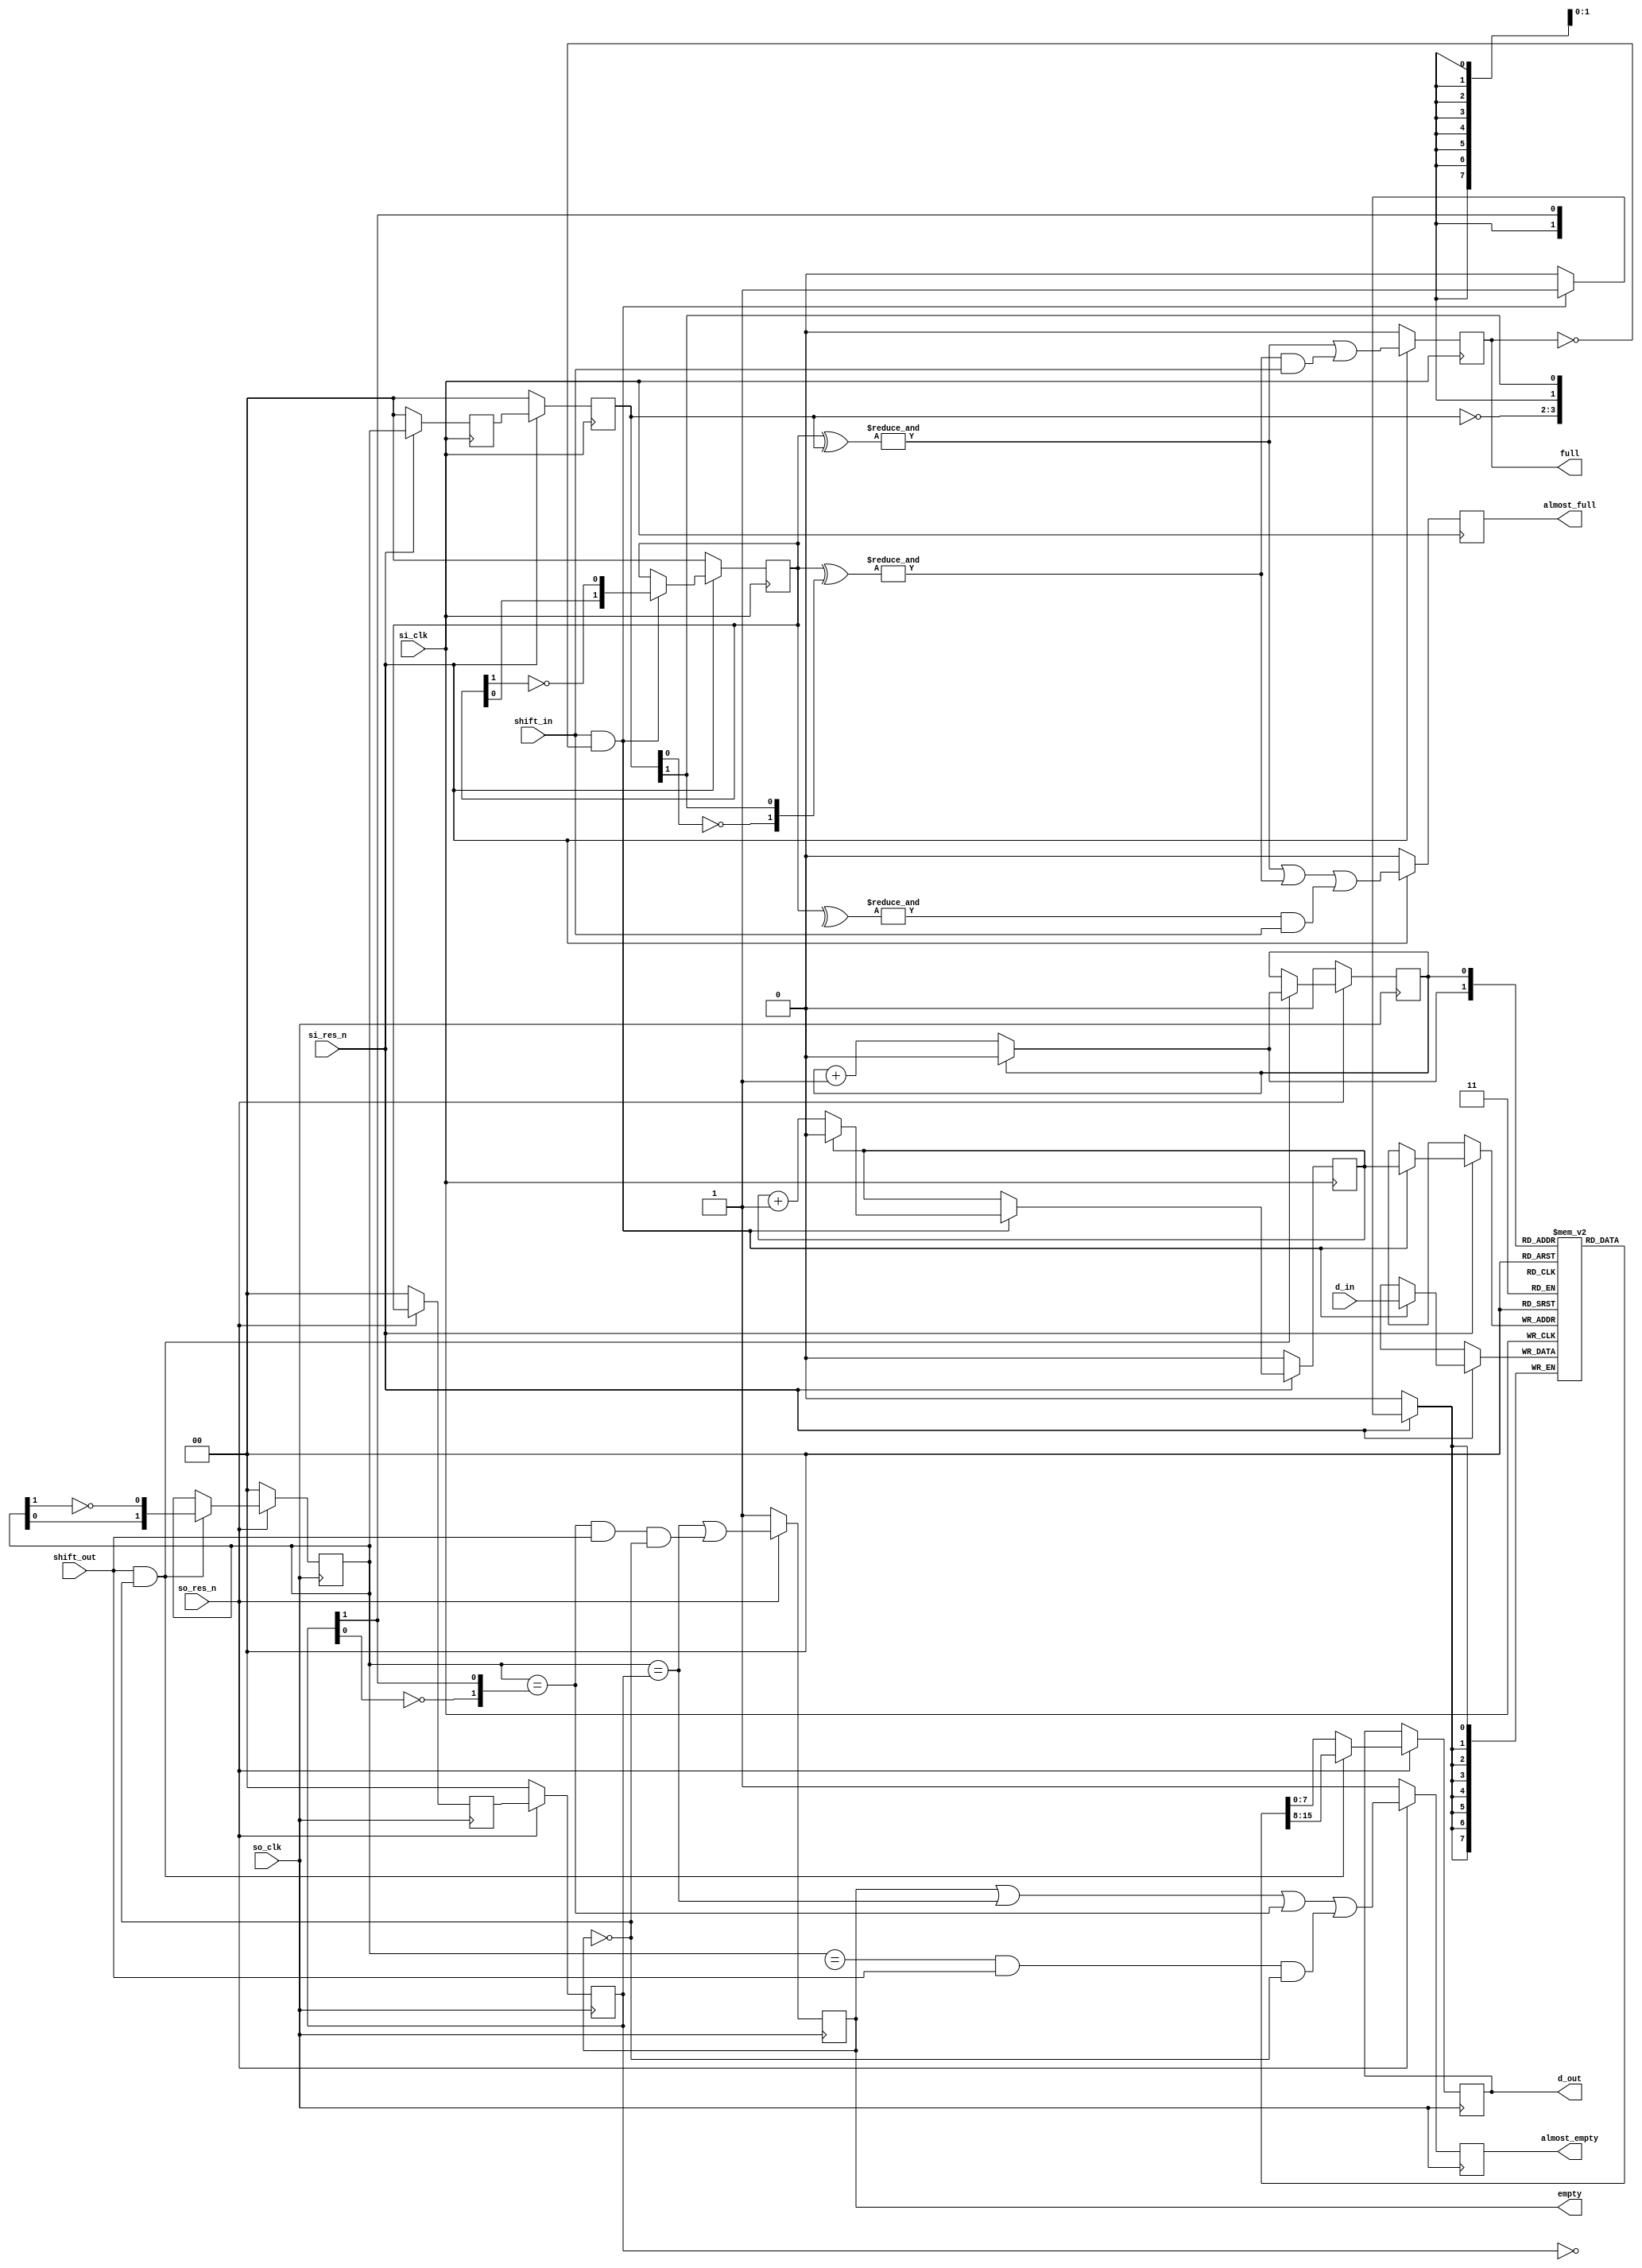
module openhmc_async_fifo #(
        parameter DWIDTH                        = 8,
        parameter ENTRIES                       = 2,
        parameter DISABLE_FULL_ASSERT           = 0,
        parameter DISABLE_EMPTY_ASSERT          = 0,
        parameter DISABLE_SHIFT_OUT_ASSERT      = 0,
        parameter DISABLE_SHIFT_IN_ASSERT       = 0,
        parameter DISABLE_SO_DATA_KNOWN_ASSERT  = 0
    ) (
        // interface for shift_in side
        input wire              si_clk,
        input wire              si_res_n,
        input wire              shift_in,
        input wire [DWIDTH-1:0] d_in,

        output reg              full,
        output reg              almost_full,

        // interface for shift_out side
        input wire              so_clk,
        input wire              so_res_n,
        input wire              shift_out,

        output reg [DWIDTH-1:0] d_out,
        output reg              empty,
        output reg              almost_empty
    );

//=====================================================================================================
//-----------------------------------------------------------------------------------------------------
//---------WIRING AND SIGNAL STUFF---------------------------------------------------------------------
//-----------------------------------------------------------------------------------------------------
//=====================================================================================================

// the FIFO currently can only have up to 2048 entries
    localparam LG_ENTRIES = (ENTRIES <= 2)    ?  1 :
                            (ENTRIES <= 4)    ?  2 :
                            (ENTRIES <= 8)    ?  3 :
                            (ENTRIES <= 16)   ?  4 :
                            (ENTRIES <= 32)   ?  5 :
                            (ENTRIES <= 64)   ?  6 :
                            (ENTRIES <= 128)  ?  7 :
                            (ENTRIES <= 256)  ?  8 :
                            (ENTRIES <= 512)  ?  9 :
                            (ENTRIES <= 1024) ? 10 : 11;

    reg [DWIDTH-1:0]            entry [0:ENTRIES-1];

    reg [LG_ENTRIES-1:0]    wp;
    reg [LG_ENTRIES-1:0]    rp;

    // asynchronous thermo wp
    reg [ENTRIES-1:0]       thermo_wp_w;
    reg [ENTRIES-1:0]       thermo_rp_w;

    reg [ENTRIES-1:0]       thermo_wp;
    reg [ENTRIES-1:0]       thermo_rp;

    reg [ENTRIES-1:0]       thermo_wp_synced_0;

    reg [ENTRIES-1:0]       thermo_wp_synced_1;

    reg [ENTRIES-1:0]       thermo_rp_synced_0;

    reg [ENTRIES-1:0]       thermo_rp_synced_1;

    wire [LG_ENTRIES-1:0]   next_rp;
    wire [LG_ENTRIES-1:0]   next_rp_p1;

    wire                    set_empty_w;
    wire                    set_a_empty_0_w;
    wire                    set_a_empty_1_w;
    wire                    set_a_empty_2_w;

    wire                    set_full_w;
    wire                    set_a_full_0_w;
    wire                    set_a_full_1_w;
    wire                    set_a_full_2_w;

    wire [LG_ENTRIES-1:0]   upper_bound;

    assign next_rp          = (rp == upper_bound) ? {LG_ENTRIES {1'b0}} : rp + 1'b1;
    assign next_rp_p1       = (next_rp == upper_bound) ? {LG_ENTRIES {1'b0}} : next_rp + 1'b1;

    assign set_empty_w      = (thermo_rp == thermo_wp_synced_1);
    assign set_a_empty_0_w  = (thermo_rp == {~thermo_wp_synced_1[0],   thermo_wp_synced_1[ENTRIES-1:1]});
    assign set_a_empty_1_w  = (thermo_rp == {~thermo_wp_synced_1[1:0], thermo_wp_synced_1[ENTRIES-1:2]});
    assign set_a_empty_2_w  = (thermo_rp == {~thermo_wp_synced_1[2:0], thermo_wp_synced_1[ENTRIES-1:3]});

    assign set_full_w       = &(thermo_wp ^ thermo_rp_synced_1);
    assign set_a_full_0_w   = &(thermo_wp ^ {~thermo_rp_synced_1[0],   thermo_rp_synced_1[ENTRIES-1:1]});
    assign set_a_full_1_w   = &(thermo_wp ^ {~thermo_rp_synced_1[1:0], thermo_rp_synced_1[ENTRIES-1:2]});
    assign set_a_full_2_w   = &(thermo_wp ^ {~thermo_rp_synced_1[2:0], thermo_rp_synced_1[ENTRIES-1:3]});

    assign upper_bound      = ENTRIES[LG_ENTRIES-1:0] - {{LG_ENTRIES-1 {1'b0}}, 1'b1};

    always @ (*)
    begin
        if (shift_in && !full)
            thermo_wp_w     = {thermo_wp[ENTRIES-2:0], !thermo_wp[ENTRIES-1]};
        else
            thermo_wp_w     = thermo_wp;
    end

    always @ (*)
    begin
        if (shift_out && !empty)
            thermo_rp_w     = {thermo_rp[ENTRIES-2:0], !thermo_rp[ENTRIES-1]};
        else
            thermo_rp_w     = thermo_rp;
    end

//=====================================================================================================
//-----------------------------------------------------------------------------------------------------
//---------LOGIC STARTS HERE---------------------------------------------------------------------------
//-----------------------------------------------------------------------------------------------------
//=====================================================================================================

    // shift_in side:
    `ifdef ASYNC_RES
    always @(posedge si_clk or negedge si_res_n) `else
    always @(posedge si_clk) `endif
    begin
        if (!si_res_n)
        begin
            wp                  <= {LG_ENTRIES {1'b0}};
            thermo_wp           <= {ENTRIES {1'b0}};
            full                <= 1'b0;
            almost_full         <= 1'b0;
        end
        else
        begin
            full                <= set_full_w || (set_a_full_0_w && shift_in) ;
            almost_full         <= set_full_w || (set_a_full_0_w) || (set_a_full_1_w && shift_in) ;

            thermo_wp           <= thermo_wp_w;

            if (shift_in && !full)
            begin
                entry[wp]       <= d_in;

                if (wp == upper_bound)
                    wp          <= {LG_ENTRIES {1'b0}};
                else
                    wp          <= wp + 1'b1;
            end
        end
    end

    // shift_out side
    `ifdef ASYNC_RES
    always @(posedge so_clk or negedge so_res_n) `else
    always @(posedge so_clk) `endif
    begin
        if (!so_res_n)
        begin
            rp                  <= {LG_ENTRIES {1'b0}};
            thermo_rp           <= {ENTRIES {1'b0}};
            empty               <= 1'b1;
            almost_empty        <= 1'b1;

        end
        else
        begin
            empty               <= (set_empty_w || (set_a_empty_0_w && shift_out && !empty));
            almost_empty        <= empty || set_empty_w || set_a_empty_0_w || (set_a_empty_1_w && shift_out && !empty);

            thermo_rp           <= thermo_rp_w;
            // shift out and not empty or empty but a new word just finished synchronizing (like almost empty)
            if (shift_out && !empty)
            begin
                rp              <= next_rp;
                d_out       <= entry[next_rp];
            end
            else
            begin
                d_out       <= entry[rp];
            end
        end
    end

    // syncing thermp_rp to shift_in domain
    `ifdef ASYNC_RES
    always @(posedge si_clk or negedge si_res_n) `else
    always @(posedge si_clk) `endif
    begin
        if (!si_res_n)
        begin
            thermo_rp_synced_0  <= {ENTRIES {1'b0}};
            thermo_rp_synced_1  <= {ENTRIES {1'b0}};
        end
        else
        begin
            thermo_rp_synced_0  <= thermo_rp;
            thermo_rp_synced_1  <= thermo_rp_synced_0;
        end
    end

    // syncing write pointer to shift_out domain
    `ifdef ASYNC_RES
    always @(posedge so_clk or negedge so_res_n) `else
    always @(posedge so_clk) `endif
    begin
        if (!so_res_n)
        begin
            thermo_wp_synced_0  <= {ENTRIES {1'b0}};
            thermo_wp_synced_1  <= {ENTRIES {1'b0}};
        end
        else
        begin
            thermo_wp_synced_0  <= thermo_wp;
            thermo_wp_synced_1  <= thermo_wp_synced_0;
        end
    end


`ifdef CAG_ASSERTIONS
    shift_in_and_full:      assert property (@(posedge si_clk) disable iff(!si_res_n) (shift_in |-> !full));

    if (DISABLE_SHIFT_OUT_ASSERT == 0)
        shift_out_and_empty:    assert property (@(posedge so_clk) disable iff(!so_res_n) (shift_out |-> !empty));

    if (DISABLE_SO_DATA_KNOWN_ASSERT == 0) begin
        dout_known:             assert property (@(posedge so_clk) disable iff(!so_res_n) (!empty |-> !$isunknown(d_out)));
    end

    final
    begin
        if (DISABLE_FULL_ASSERT == 0)
        begin
            full_set_assert:                assert (!full);
        end

        if (DISABLE_EMPTY_ASSERT == 0)
        begin
            almost_empty_not_set_assert:    assert (almost_empty);
            empty_not_set_assert:           assert (empty);
        end
    end
`endif // CAG_ASSERTIONS

endmodule